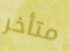
متأخر